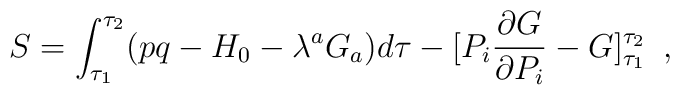
S = \int _{\tau _1}^{\tau _2}( pq-H_0-\lambda ^a G_a ) d\tau -[P_i\frac{\partial G}{\partial P_i}-G]^{\tau _2}_{\tau _1}\,\,\, ,